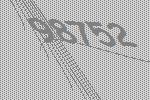
98752